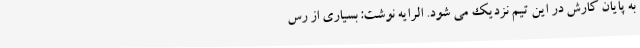
به پایان کارش در این تیم نزدیک می‌ شود. الرایه نوشت: بسیاری از رس